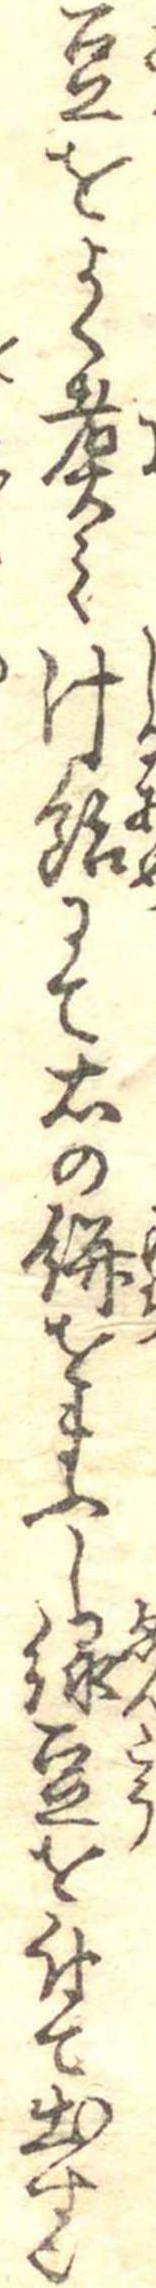
豆をよく煮て汁飴にて右の餅をまふし縁豆を付て出す也